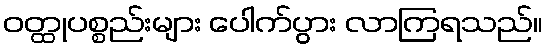
ဝတ္ထုပစ္စည်းများ ပေါက်ပွား လာကြရသည်။